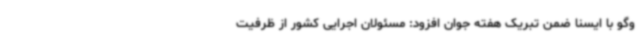
وگو با ایسنا ضمن تبریک هفته جوان افزود: مسئولان اجرایی کشور از ظرفیت